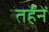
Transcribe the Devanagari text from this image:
तर्हेनें